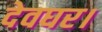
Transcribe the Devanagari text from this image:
देवघर।